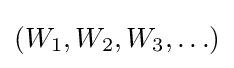
(W_{1},W_{2},W_{3},\ldots )